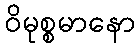
ဝိမုစ္စမာနော